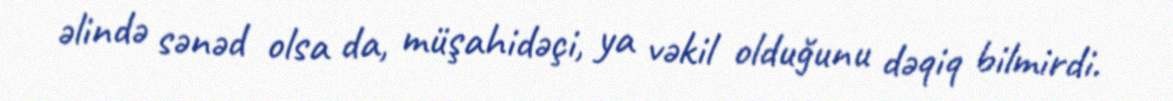
əlində sənəd olsa da, müşahidəçi, ya vəkil olduğunu dəqiq bilmirdi.